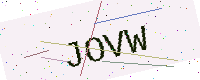
Text: JOVW